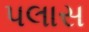
પલાસ